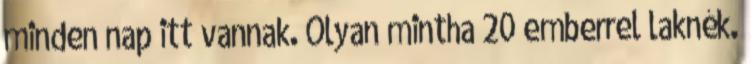
minden nap itt vannak. Olyan mintha 20 emberrel laknék.